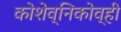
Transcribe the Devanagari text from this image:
कोशेव्निकोव्ही